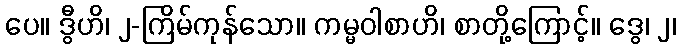
ပေ။ ဒွီဟိ၊ ၂-ကြိမ်ကုန်သော။ ကမ္မဝါစာဟိ၊ စာတို့ကြောင့်။ ဒွေ၊ ၂၊